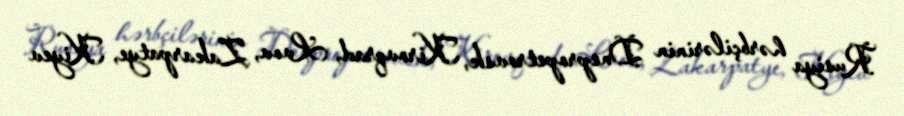
Rusiya hərbçilərinin Dnepropetrovsk, Kirovqrad, Lvov, Zakarpatye, Kiyev